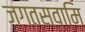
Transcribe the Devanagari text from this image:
जगतस्‍वामि